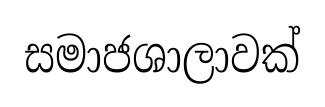
සමාජශාලාවක්